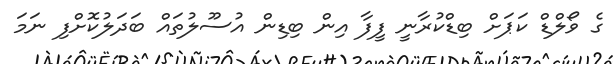
ގެ ވޯލްޑް ކަޕަށް ބިޑްކުރާނީ ފީފާ އިން ބިޑިން އުސޫލުތައް ބަދަލުކޮށްފި ނަމަ